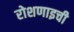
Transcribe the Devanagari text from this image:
रोशणाइची